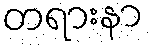
တရားနာ